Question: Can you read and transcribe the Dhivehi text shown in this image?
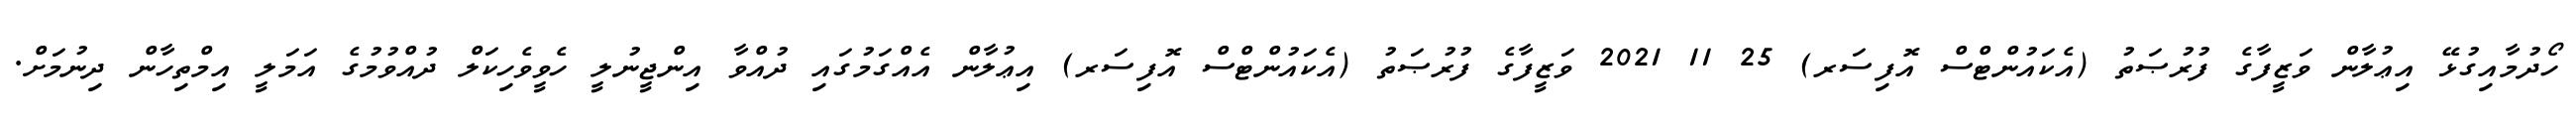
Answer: ހޯދުމާއިގުޅޭ އިޢުލާން ވަޒީފާގެ ފުރުޞަތު (އެކައުންޓްސް އޮފިސަރ) 25 11 2021 ވަޒީފާގެ ފުރުޞަތު (އެކައުންޓްސް އޮފިސަރ) އިޢުލާން އެއްގަމުގައި ދުއްވާ އިންޖީނުލީ ހެވީވެހިކަލް ދުއްވުމުގެ އަމަލީ އިމްތިހާން ދިނުމަށް.